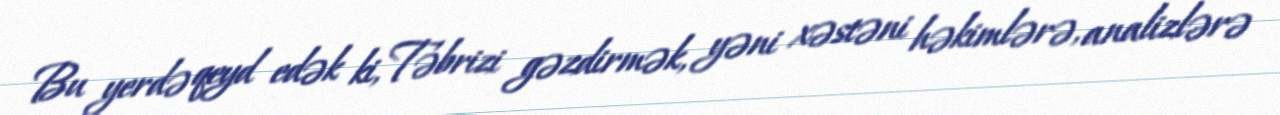
Bu yerdə qeyd edək ki, Təbrizi gəzdirmək, yəni xəstəni həkimlərə, analizlərə